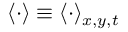
\langle \cdot \rangle \equiv \langle \cdot \rangle _ { x , y , t }